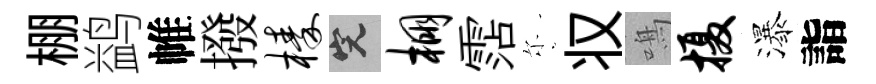
棚鹢帷撥榛完棚霑尓𠬧鳴摄瀑詣